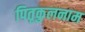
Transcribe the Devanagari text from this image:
पितृकुलनाम